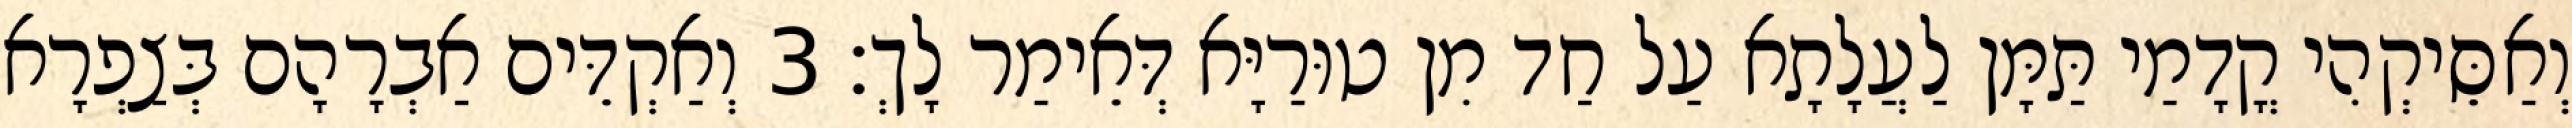
וְאַסֵּיקְהִי קֳדָמַי תַּמָּן לַעֲלָתָא עַל חַד מִן טוּרַיָּא דְּאֵימַר לָךְ׃ 3 וְאַקְדֵּים אַבְרָהָם בְּצַפְרָא